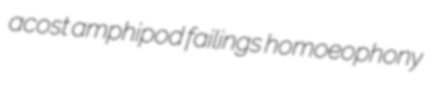
acost amphipod failings homoeophony